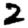
Digit: 2